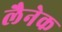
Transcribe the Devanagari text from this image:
लैनेक